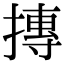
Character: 摶